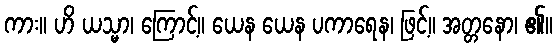
ကား။ ဟိ ယသ္မာ၊ ကြောင့်။ ယေန ယေန ပကာရေန၊ ဖြင့်။ အတ္တနော၊ ၏။